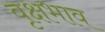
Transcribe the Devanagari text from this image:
वृक्षभाव